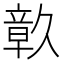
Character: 𮄴